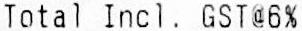
TOTAL INCL. GST@6%